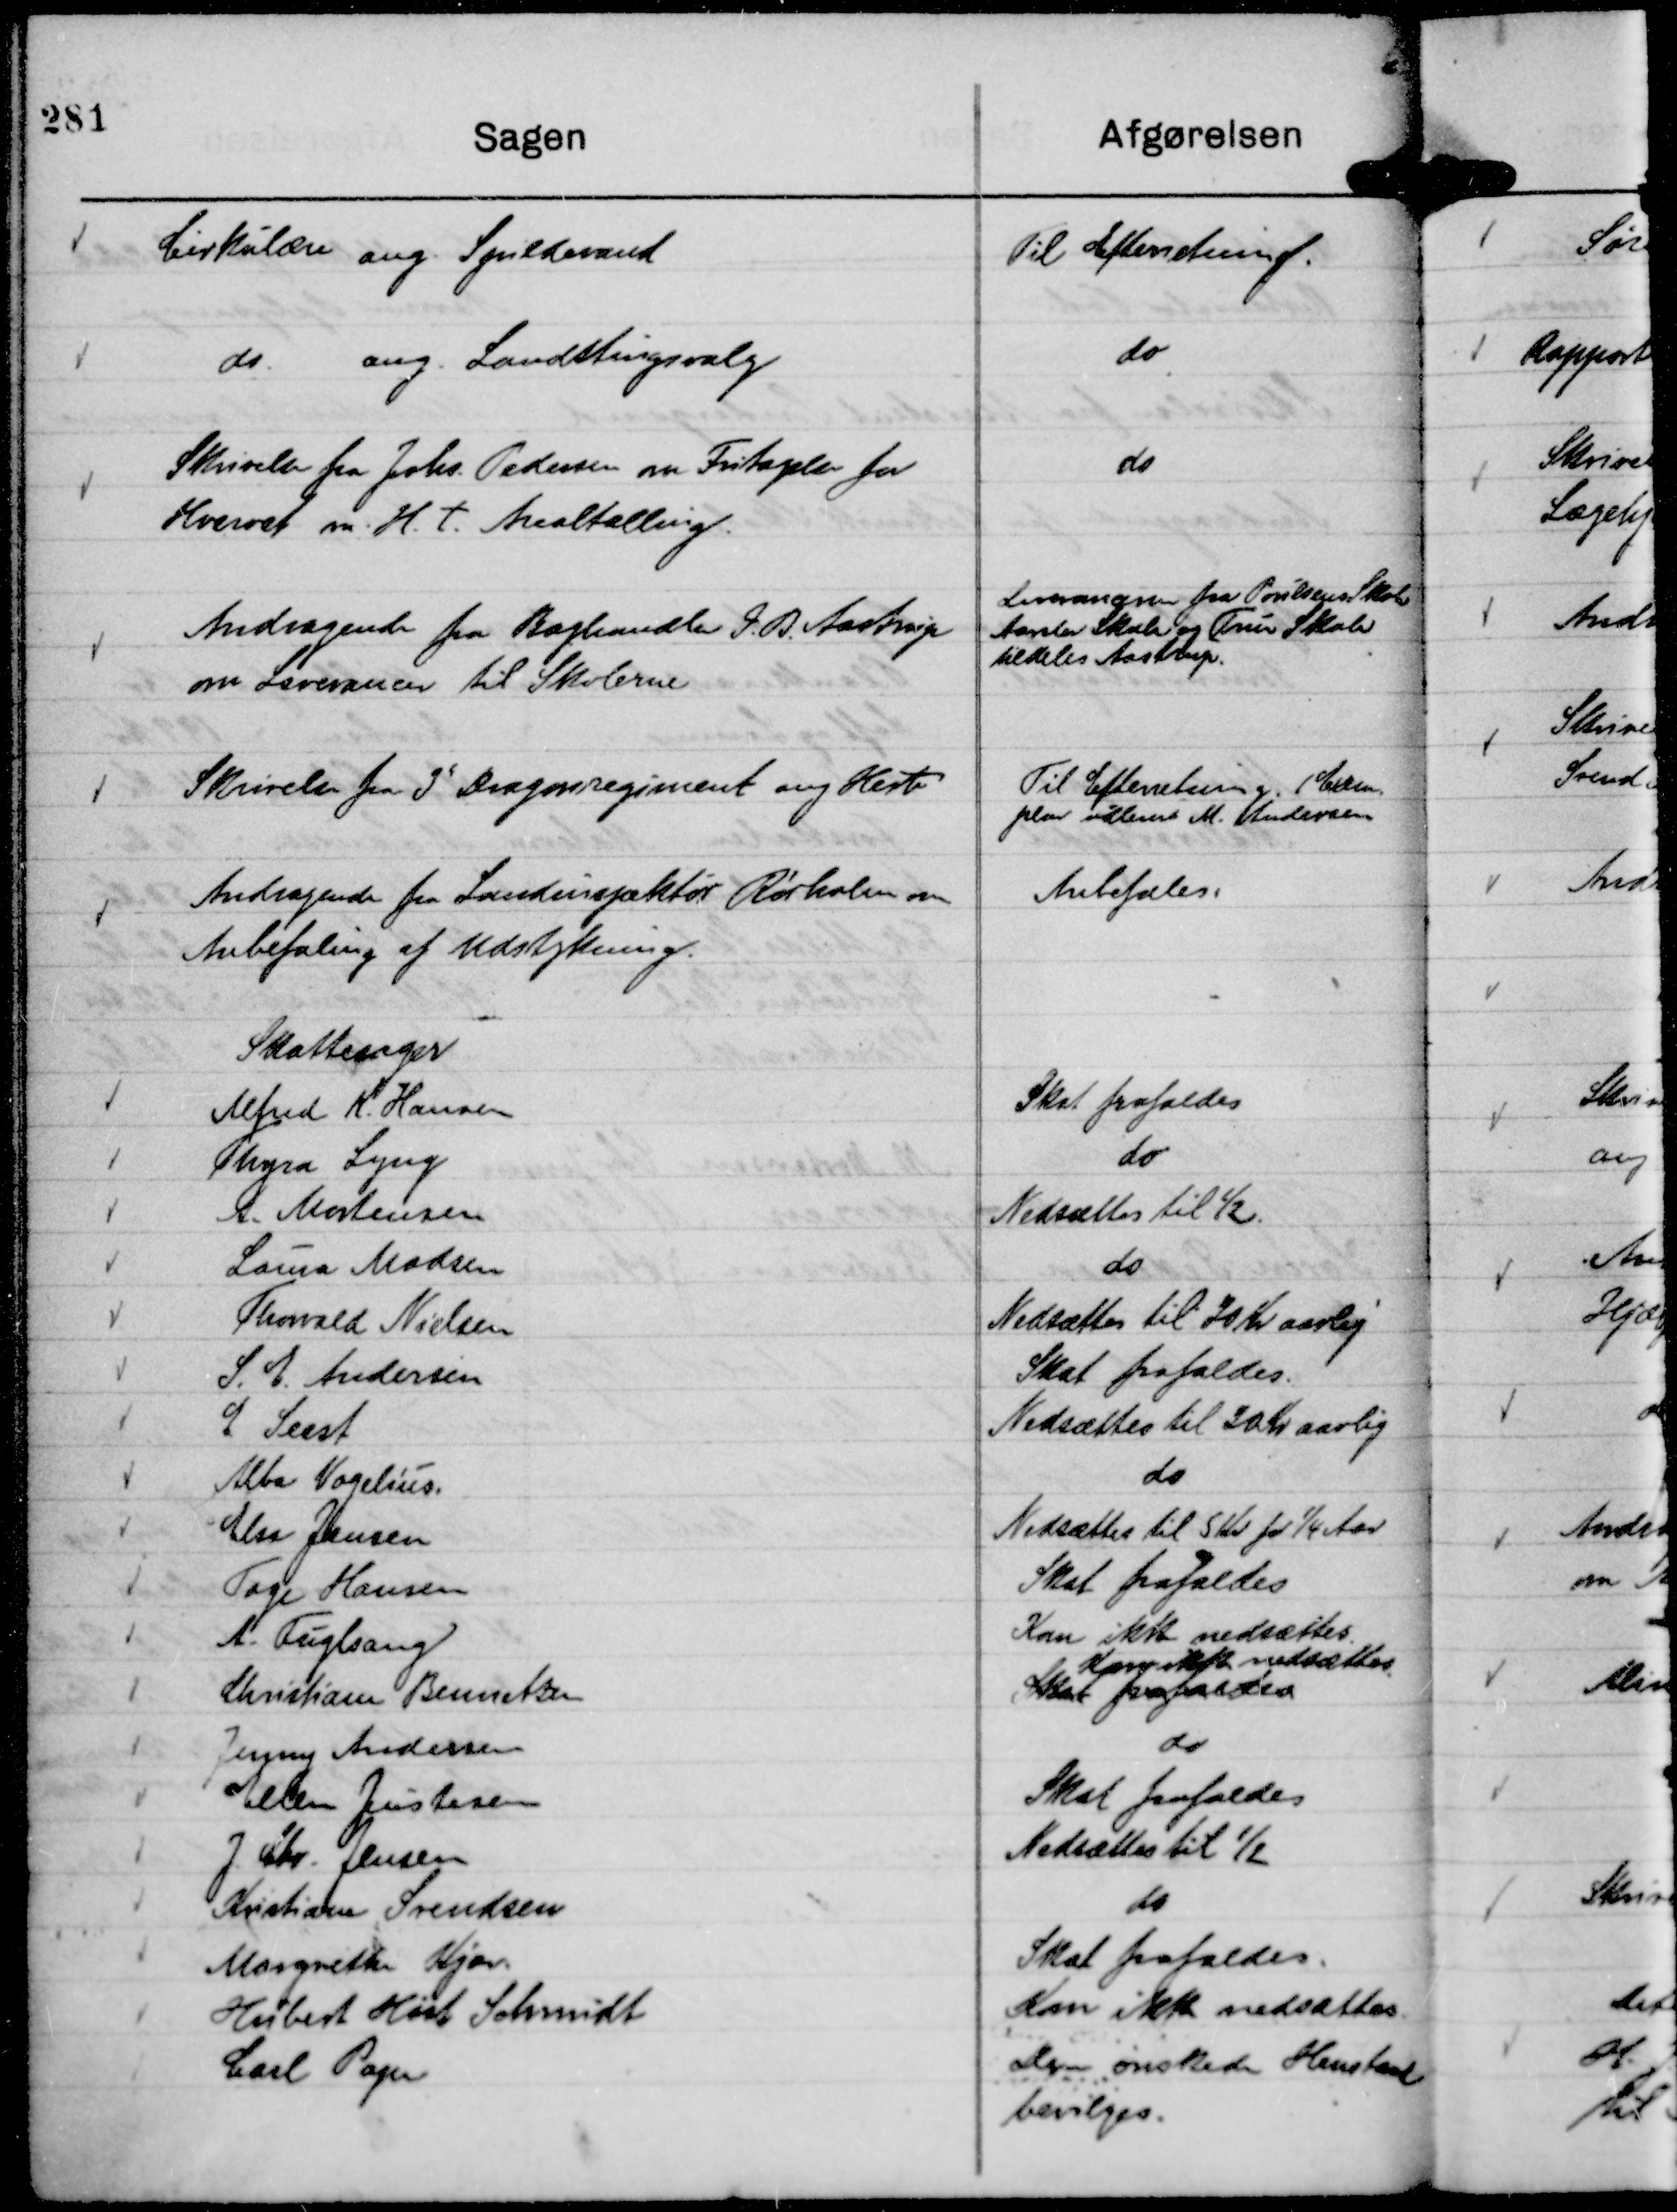
Transskription:
Cirkulære ang. Spildevand

Til Efterretning.

do. ang. Landstingsvalg

do

Skrivelse fra Johs. Pedersen om Fritagelse for
Hvervet m. H. t. Arealtælling.

do

Andragende fra Boghandler P. R Aastrup.
om Leverancer til Skolerne

Leverancerne fra Poulsens Skole
Aarslev Skole og True Skole
tildeles Aastrup.

Skrivelse fra 3de Dragonregiment ang. Heste

Til Efterretning 1 Excem-
plar udleveret M. Andersen

Andragende fra Landinspektør Rørholm om
Anbefaling af Udstykning.

Anbefales.